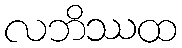
လဘိဿထ